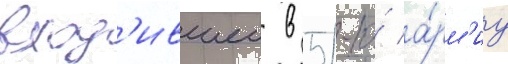
вход'ившеи в 51-ю́ а́рм'иу